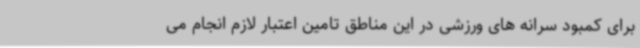
برای کمبود سرانه های ورزشی در این‌ مناطق تامین اعتبار لازم انجام می